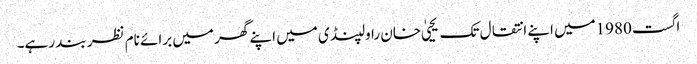
اگست 1980میں اپنے انتقال تک یحییٰ خان راولپنڈی میں اپنے گھر میں برائے نام نظر بند رہے۔